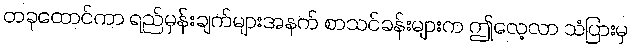
တခုထောင်ကာ ရည်မှန်းချက်များအနက် စာသင်ခန်းများက ဤလေ့လာ သံပြားမှ